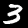
Label: 3